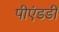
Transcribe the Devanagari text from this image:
पीएंडडी